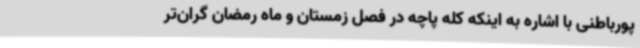
پورباطنی با اشاره به اینکه کله پاچه در فصل زمستان و ماه رمضان گران‌تر